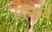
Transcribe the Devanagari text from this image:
एलवि